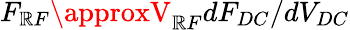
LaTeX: F_{\mathbb{R}F}\approxV_{\mathbb{R}F}dF_{DC}/dV_{DC}